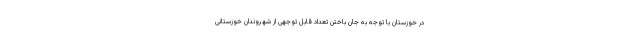
در خوزستان با توجه به جان باختن تعداد قابل توجهی از شهروندان خوزستانی